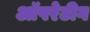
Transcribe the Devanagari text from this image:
ऑपरेटीग